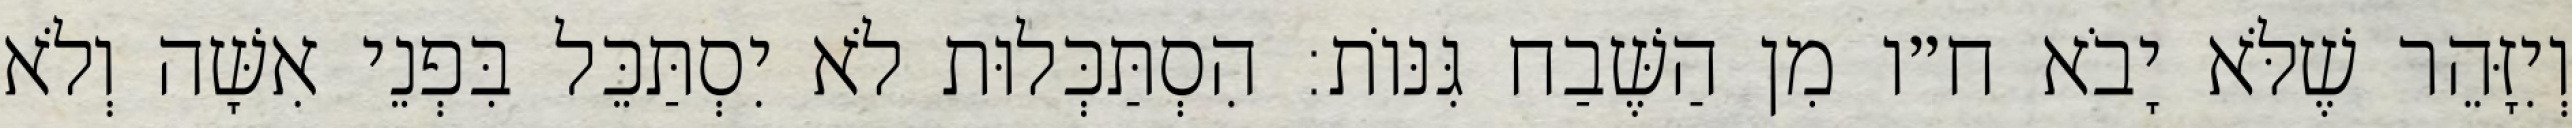
וְיִזָּהֵר שֶׁלֹּא יָבֹא ח״ו מִן הַשֶּׁבַח גִּנּוֹת: הִסְתַּכְּלוּת לֹא יִסְתַּכֵּל בִּפְנֵי אִשָּׁה וְלֹא